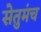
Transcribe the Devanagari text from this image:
सेतुमंच